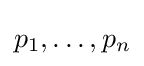
p_{1},\dots ,p_{n}